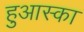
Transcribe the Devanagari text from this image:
हुआस्का